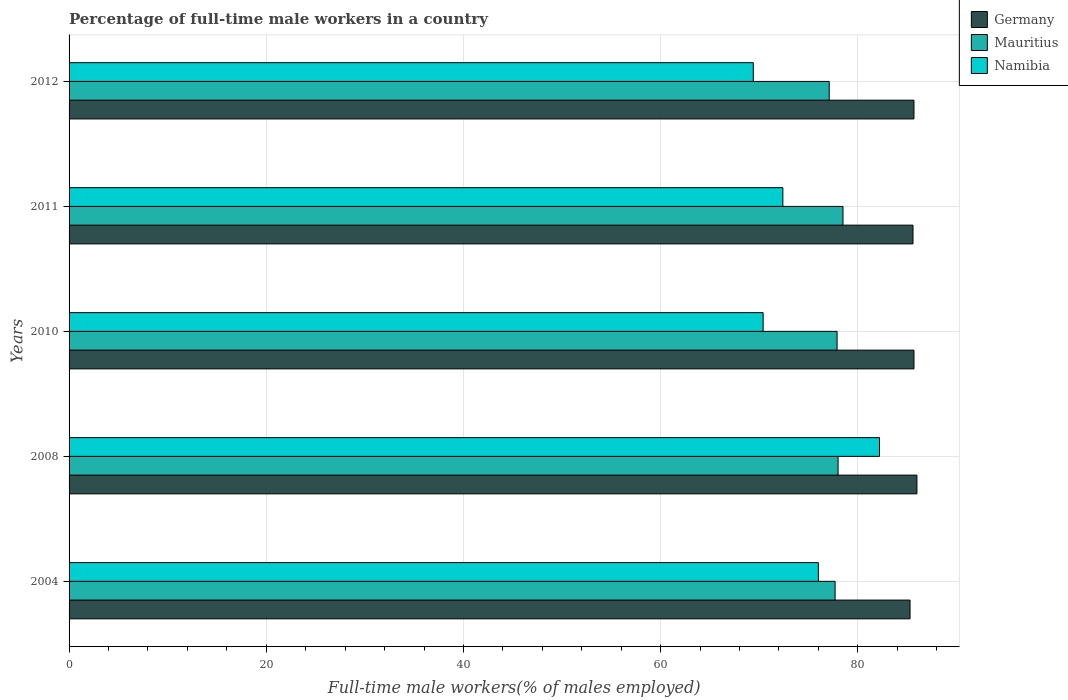
| Years | Germany | Mauritius | Namibia |
 | --- | --- | --- | --- |
 | 2004 | 85.3 | 77.7 | 76 |
 | 2008 | 86 | 78 | 82.2 |
 | 2010 | 85.7 | 77.9 | 70.4 |
 | 2011 | 85.6 | 78.5 | 72.4 |
 | 2012 | 85.7 | 77.1 | 69.4 |